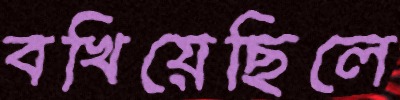
বখিয়েছিলে